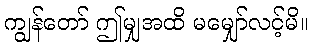
ကျွန်တော် ဤမျှအထိ မမျှော်လင့်မိ။